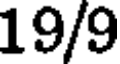
19/9